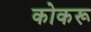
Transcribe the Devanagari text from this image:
कोकरू